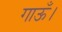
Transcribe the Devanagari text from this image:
गाऊँ।